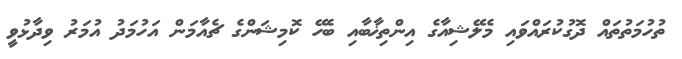
ތުހުމަތުތައް ދޮގުކުރައްވައި މެލޭޝިއާގެ އިންތިޚާބާއި ބެހޭ ކޮމިޝަންގެ ޗެއާމަން އަހުމަދު އުމަރު ވިދާޅުވީ